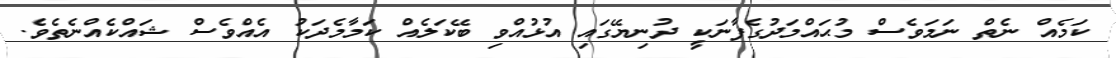
ކަމެއް ނެތް ނަމަވެސް މުޙައްމަދުގެފާނަކީ ދުނިޔޭގައި އުޅުއްވި ބޭކަލެއް ކަމާމެދަކު އެއްވެސް ޝައްކެއްނެތެވެ.